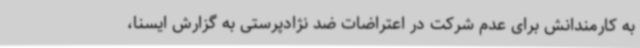
به کارمندانش برای عدم شرکت در اعتراضات ضد نژادپرستی به گزارش ایسنا،